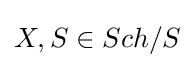
X,S\in Sch/S